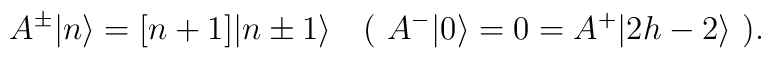
A^{\pm}\vert n\rangle =[n+1]\vert n\pm 1\rangle\ \ \ (\  A^-\vert 0\rangle = 0 =A^+\vert 2h-2\rangle \ ).